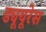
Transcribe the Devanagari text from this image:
ड्यूयूरेस